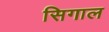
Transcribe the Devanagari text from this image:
सिगाल